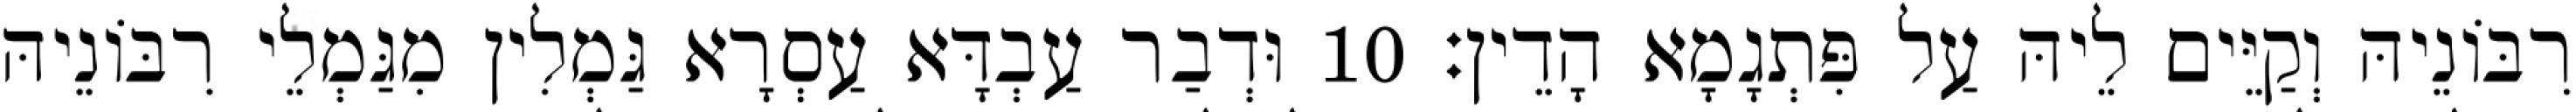
רִבּוֹנֵיהּ וְקַיֵּים לֵיהּ עַל פִּתְגָמָא הָדֵין׃ 10 וּדְבַר עַבְדָּא עַסְרָא גַּמְלִין מִגַּמְלֵי רִבּוֹנֵיהּ